Lyperosia minuta, Bezzi - Number 59
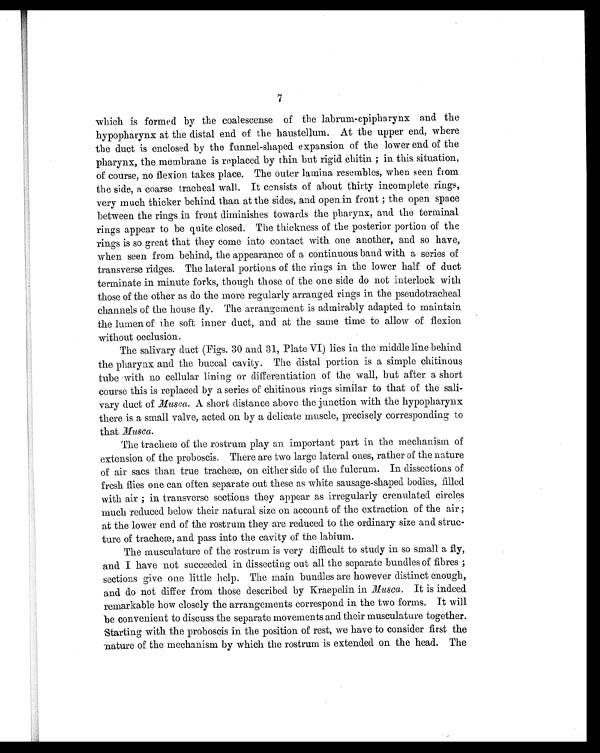
7
which is formed by the coalescense of the labrum-epipharynx and the
hypopharynx at the distal end of the haustellum. At the upper end, where
the duct is enclosed by the funnel-shaped expansion of the lower end of the
pharynx, the membrane is replaced by thin but rigid chitin ; in this situation,
of course, no flexion takes place. The outer lamina resembles, when seen from
the side, a coarse tracheal wall. It consists of about thirty incomplete rings,
very much thicker behind than at the sides, and open in front ; the open space
between the rings in front diminishes towards the pharynx, and the terminal
rings appear to be quite closed. The thickness of the posterior portion of the
rings is so great that they come into contact with one another, and so have,
when seen from behind, the appearance of a continuous band with a series of
transverse ridges. The lateral portions of the rings in the lower half of duct
terminate in minute forks, though those of the one side do not interlock with
those of the other as do the more regularly arranged rings in the pseudotracheal
channels of the house fly. The arrangement is admirably adapted to maintain
the lumen of the soft inner duct, and at the same time to allow of flexion
without occlusion.
The salivary duct (Figs. 30 and 31, Plate VI) lies in the middle line behind
the pharynx and the buccal cavity. The distal portion is a simple chitinous
tube with no cellular lining or differentiation of the wall, but after a short
course this is replaced by a series of chitinous rings similar to that of the sali-
vary duct of Musca. A short distance above the junction with the hypopharynx
there is a small valve, acted on by a delicate muscle, precisely corresponding to
that Musca.
The tracheæ of the rostrum play an important part in the mechanism of
extension of the proboscis. There are two large lateral ones, rather of the nature
of air sacs than true tracheæ, on either side of the fulcrum. In dissections of
fresh flies one can often separate out these as white sausage-shaped bodies, filled
with air ; in transverse sections they appear as irregularly crenulated circles
much reduced below their natural size on account of the extraction of the air ;
at the lower end of the rostrum they are reduced to the ordinary size and struc-
ture of tracheæ, and pass into the cavity of the labium.
The musculature of the rostrum is very difficult to study in so small a fly,
and I have not succeeded in dissecting out all the separate bundles of fibres ;
sections give one little help. The main bundles are however distinct enough,
and do not differ from those described by Kraepelin in Musca. It is indeed
remarkable how closely the arrangements correspond in the two forms. It will
be convenient to discuss the separate movements and their musculature together.
Starting with the proboscis in the position of rest, we have to consider first the
nature of the mechanism by which the rostrum is extended on the head. The